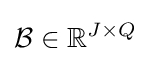
{\mathcal {B}}\in \mathbb {R} ^{J\times Q}